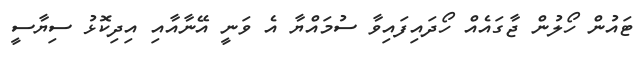
ޓައުން ހޯލުން ޖާގައެއް ހޯދައިފައިވާ ސުމައްޔާ އެ ވަނީ އޭނާއާއި އިދިކޮޅު ސިޔާސީ